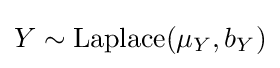
Y\sim {\textrm {Laplace}}(\mu _{Y},b_{Y})